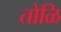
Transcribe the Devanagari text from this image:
तोळि